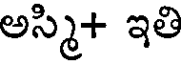
అస్మి+ ఇతి